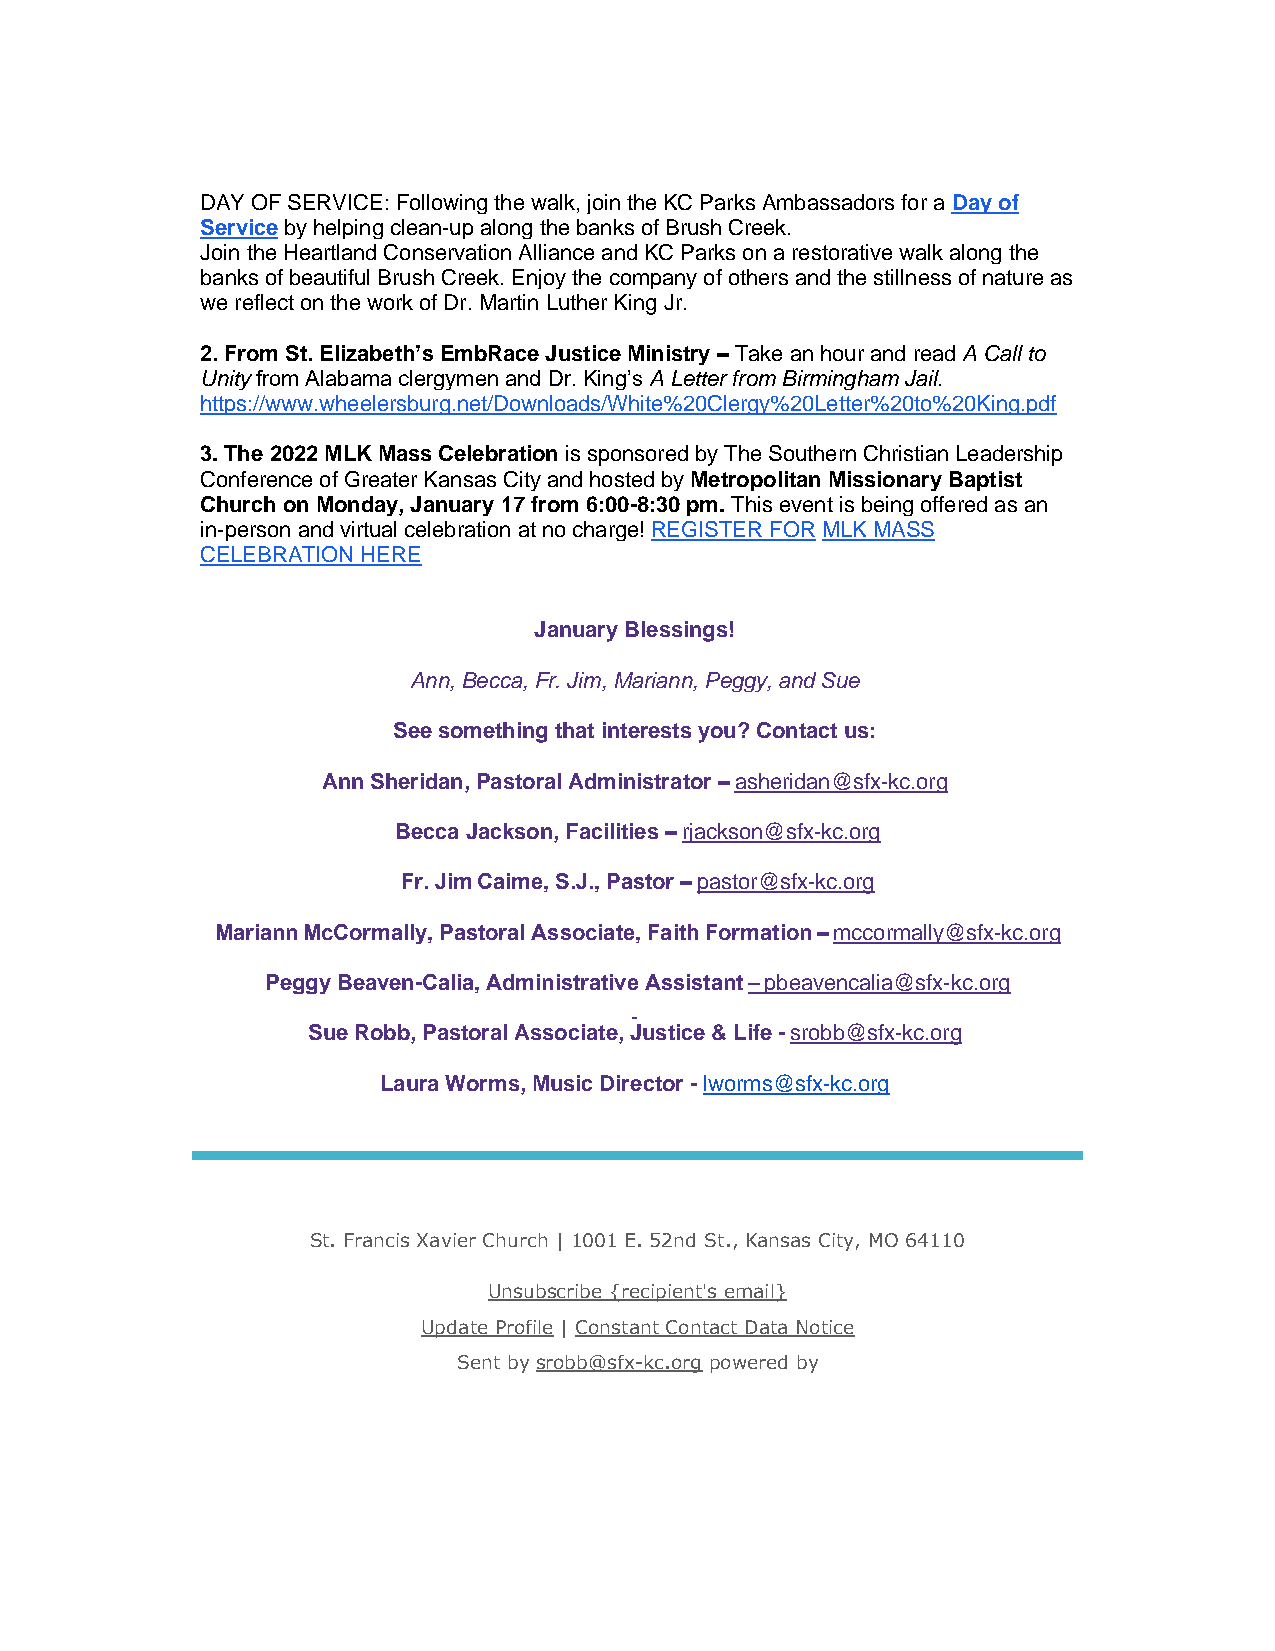
DAY OF SERVICE: Following the walk, join the KC Parks Ambassadors for a Day of
 Service by helping clean-up along the banks of Brush Creek.
 Join the Heartland Conservation Alliance and KC Parks on a restorative walk along the
 banks of beautiful Brush Creek. Enjoy the company of others and the stillness of nature as
 we reflect on the work of Dr. Martin Luther King Jr.
 2. From St. Elizabeth’s EmbRace Justice Ministry – Take an hour and read A Call to
 Unity from Alabama clergymen and Dr. King’s A Letter from Birmingham Jail.
 https://www.wheelersburg.net/Downloads/White%20Clergy%20Letter%20to%20King.pdf
 3. The 2022 MLK Mass Celebration is sponsored by The Southern Christian Leadership
 Conference of Greater Kansas City and hosted by Metropolitan Missionary Baptist
 Church on Monday, January 17 from 6:00-8:30 pm. This event is being offered as an
 in-person and virtual celebration at no charge! REGISTER FOR MLK MASS
 CELEBRATION HERE
 January Blessings!
 Ann, Becca, Fr. Jim, Mariann, Peggy, and Sue
 See something that interests you? Contact us:
 Ann Sheridan, Pastoral Administrator – asheridan@sfx-kc.org
 Becca Jackson, Facilities – rjackson@sfx-kc.org
 Fr. Jim Caime, S.J., Pastor – pastor@sfx-kc.org
 Mariann McCormally, Pastoral Associate, Faith Formation – mccormally@sfx-kc.org
 Peggy Beaven-Calia, Administrative Assistant – pbeavencalia@sfx-kc.org
 Sue Robb, Pastoral Associate, Justice & Life - srobb@sfx-kc.org
 Laura Worms, Music Director - lworms@sfx-kc.org
 St. Francis Xavier Church | 1001 E. 52nd St., Kansas City, MO 64110
 Unsubscribe {recipient's email}
 Update Profile | Constant Contact Data Notice
 Sent by srobb@sfx-kc.org powered by